Leaving Certificate Examination (including Day School Certificate (Higher) General paper), 1939
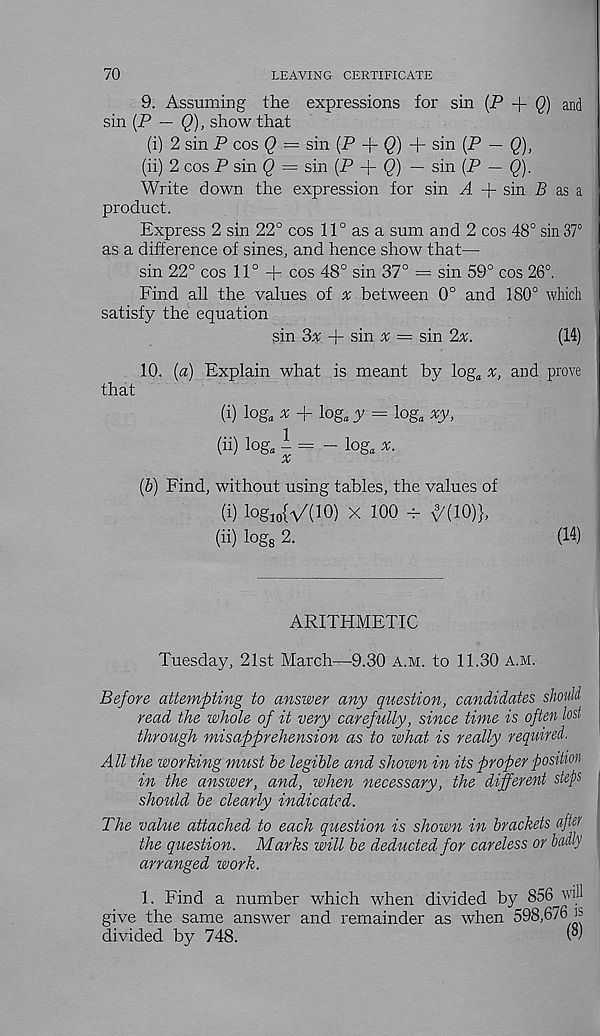
70
LEAVING CERTIFICATE
9. Assuming the expressions for sin (P -f Q) and
sin (P — Q), show that
(i) 2 sin P cos Q = sin (P + <2) + sin (P — Q),
(ii) 2 cos P sin Q = sin (P + 0 — sin (P — Q).
Write down the expression for sin A + sin P as a
product.
Express 2 sin 22° cos 11° as a sum and 2 cos 48° sin 37°
as a difference of sines, and hence show that—
sin 22° cos 11° + cos 48° sin 37° — sin 59° cos 26°.
Find all the values of # between 0° and 180° which
satisfy the equation
sin 2>x + sin # = sin 2%.
(14)
10. [a) Explain what is meant by log a x, and prove
that
(i) log, x + log, y = log, xy,
(ii) log, 1= - log, *.
X
(b) Find, without using tables, the values of
(i) log 10 {A/(10) X 100 - ^'(10)},
(ii) log 8 2.
(14)
ARITHMETIC
Tuesday, 21st March—9.30 a.m. to 11.30 a.m.
Before attempting to answer any question, candidates should
read the whole of it very carefully, since time is often lost
through misapprehension as to what is really required.
A ll the working must be legible and shown in its proper position
in the answer, and, when necessary, the different steps
should be clearly indicated.
The value attached to each question is shown in brackets ctfiw
the question. Marks will be deducted for careless or badly
arranged work.
1. Find a number which when divided by 856 will
give the same answer and remainder as when 598,676 is
divided by 748.
(°)